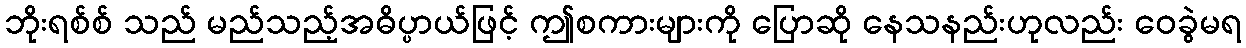
ဘိုးရစ်စ် သည် မည်သည့်အဓိပ္ပာယ်ဖြင့် ဤစကားများကို ပြောဆို နေသနည်းဟုလည်း ဝေခွဲမရ